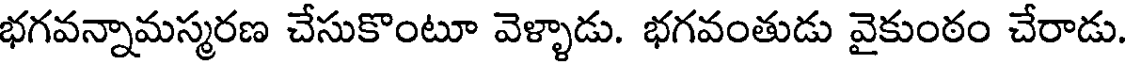
భగవన్నామస్మరణ చేసుకొంటూ వెళ్ళాడు. భగవంతుడు వైకుంఠం చేరాడు.